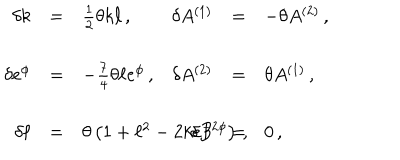
\begin{array} { r c l r c l } { { \delta k } } & { { = } } & { { \frac { 1 } { 2 } \theta k \ell \, , \hspace { 1 c m } } } & { { \delta A ^ { ( 1 ) } } } & { { = } } & { { - \theta A ^ { ( 2 ) } \, , } } \\ { { } } & { { } } & { { } } & { { } } & { { } } & { { } } \\ { { \delta e ^ { \phi } } } & { { = } } & { { - \frac { 7 } { 4 } \theta \ell e ^ { \phi } \, , } } & { { \delta A ^ { ( 2 ) } } } & { { = } } & { { \theta A ^ { ( 1 ) } \, , } } \\ { { } } & { { } } & { { } } & { { } } & { { } } & { { } } \\ { { \delta \ell } } & { { = } } & { { \theta \left( 1 + \ell ^ { 2 } - 2 k e ^ { - 2 \phi } \right) \, , \hspace { 1 . 5 c m } } } & { { \delta B } } & { { = } } & { { 0 \, , } } \\ \end{array}